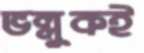
ভল্লুকই